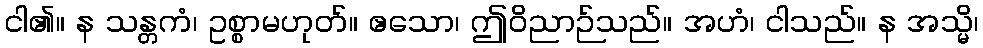
ငါ၏။ န သန္တကံ၊ ဥစ္စာမဟုတ်။ ဧသော၊ ဤဝိညာဉ်သည်။ အဟံ၊ ငါသည်။ န အသ္မိ၊